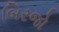
બિરજો